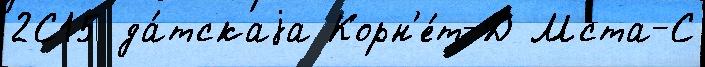
2С15 да́тскаjа Корн'е́т-Д Мста-С